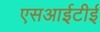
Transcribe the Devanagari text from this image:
एसआईटीई